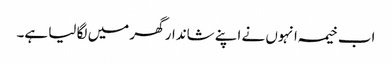
اب خیمہ انہوں نے اپنے شاندار گھر میں لگا لیا ہے۔